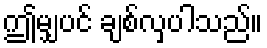
ဤမျှပင် ချစ်လှပါသည်။